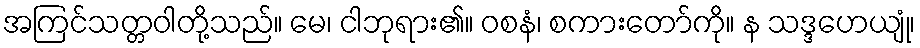
အကြင်သတ္တဝါတို့သည်။ မေ၊ ငါဘုရား၏။ ဝစနံ၊ စကားတော်ကို။ န သဒ္ဒဟေယျုံ၊